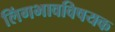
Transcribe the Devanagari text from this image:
लिंगभावविषयक